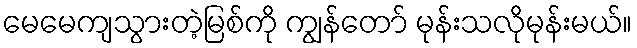
မေမေကျသွားတဲ့မြစ်ကို ကျွန်တော် မုန်းသလိုမုန်းမယ်။